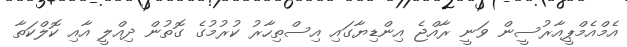
އެމްއެމްޕީއާރުސީން ވަނީ ރާއްޖެ އިންޑިޔާގައި އިސްތިހާރު ކުރުމުގެ ގޮތުން ދިއްލީ އާއި ކޮލްކަތާ